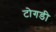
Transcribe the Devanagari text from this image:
टोगडी